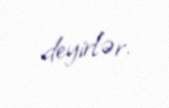
deyirlər.